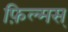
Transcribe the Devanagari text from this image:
फ़िल्मस्